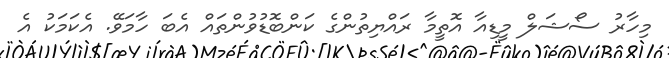
މިހާރު ސޯޝަލް މީޑިއާ އޮތީމާ ރައްޔިތުންގެ ކަންބޮޑުވުންތައް އެބަ ހާމަވޭ. އެކަމަކު އެ